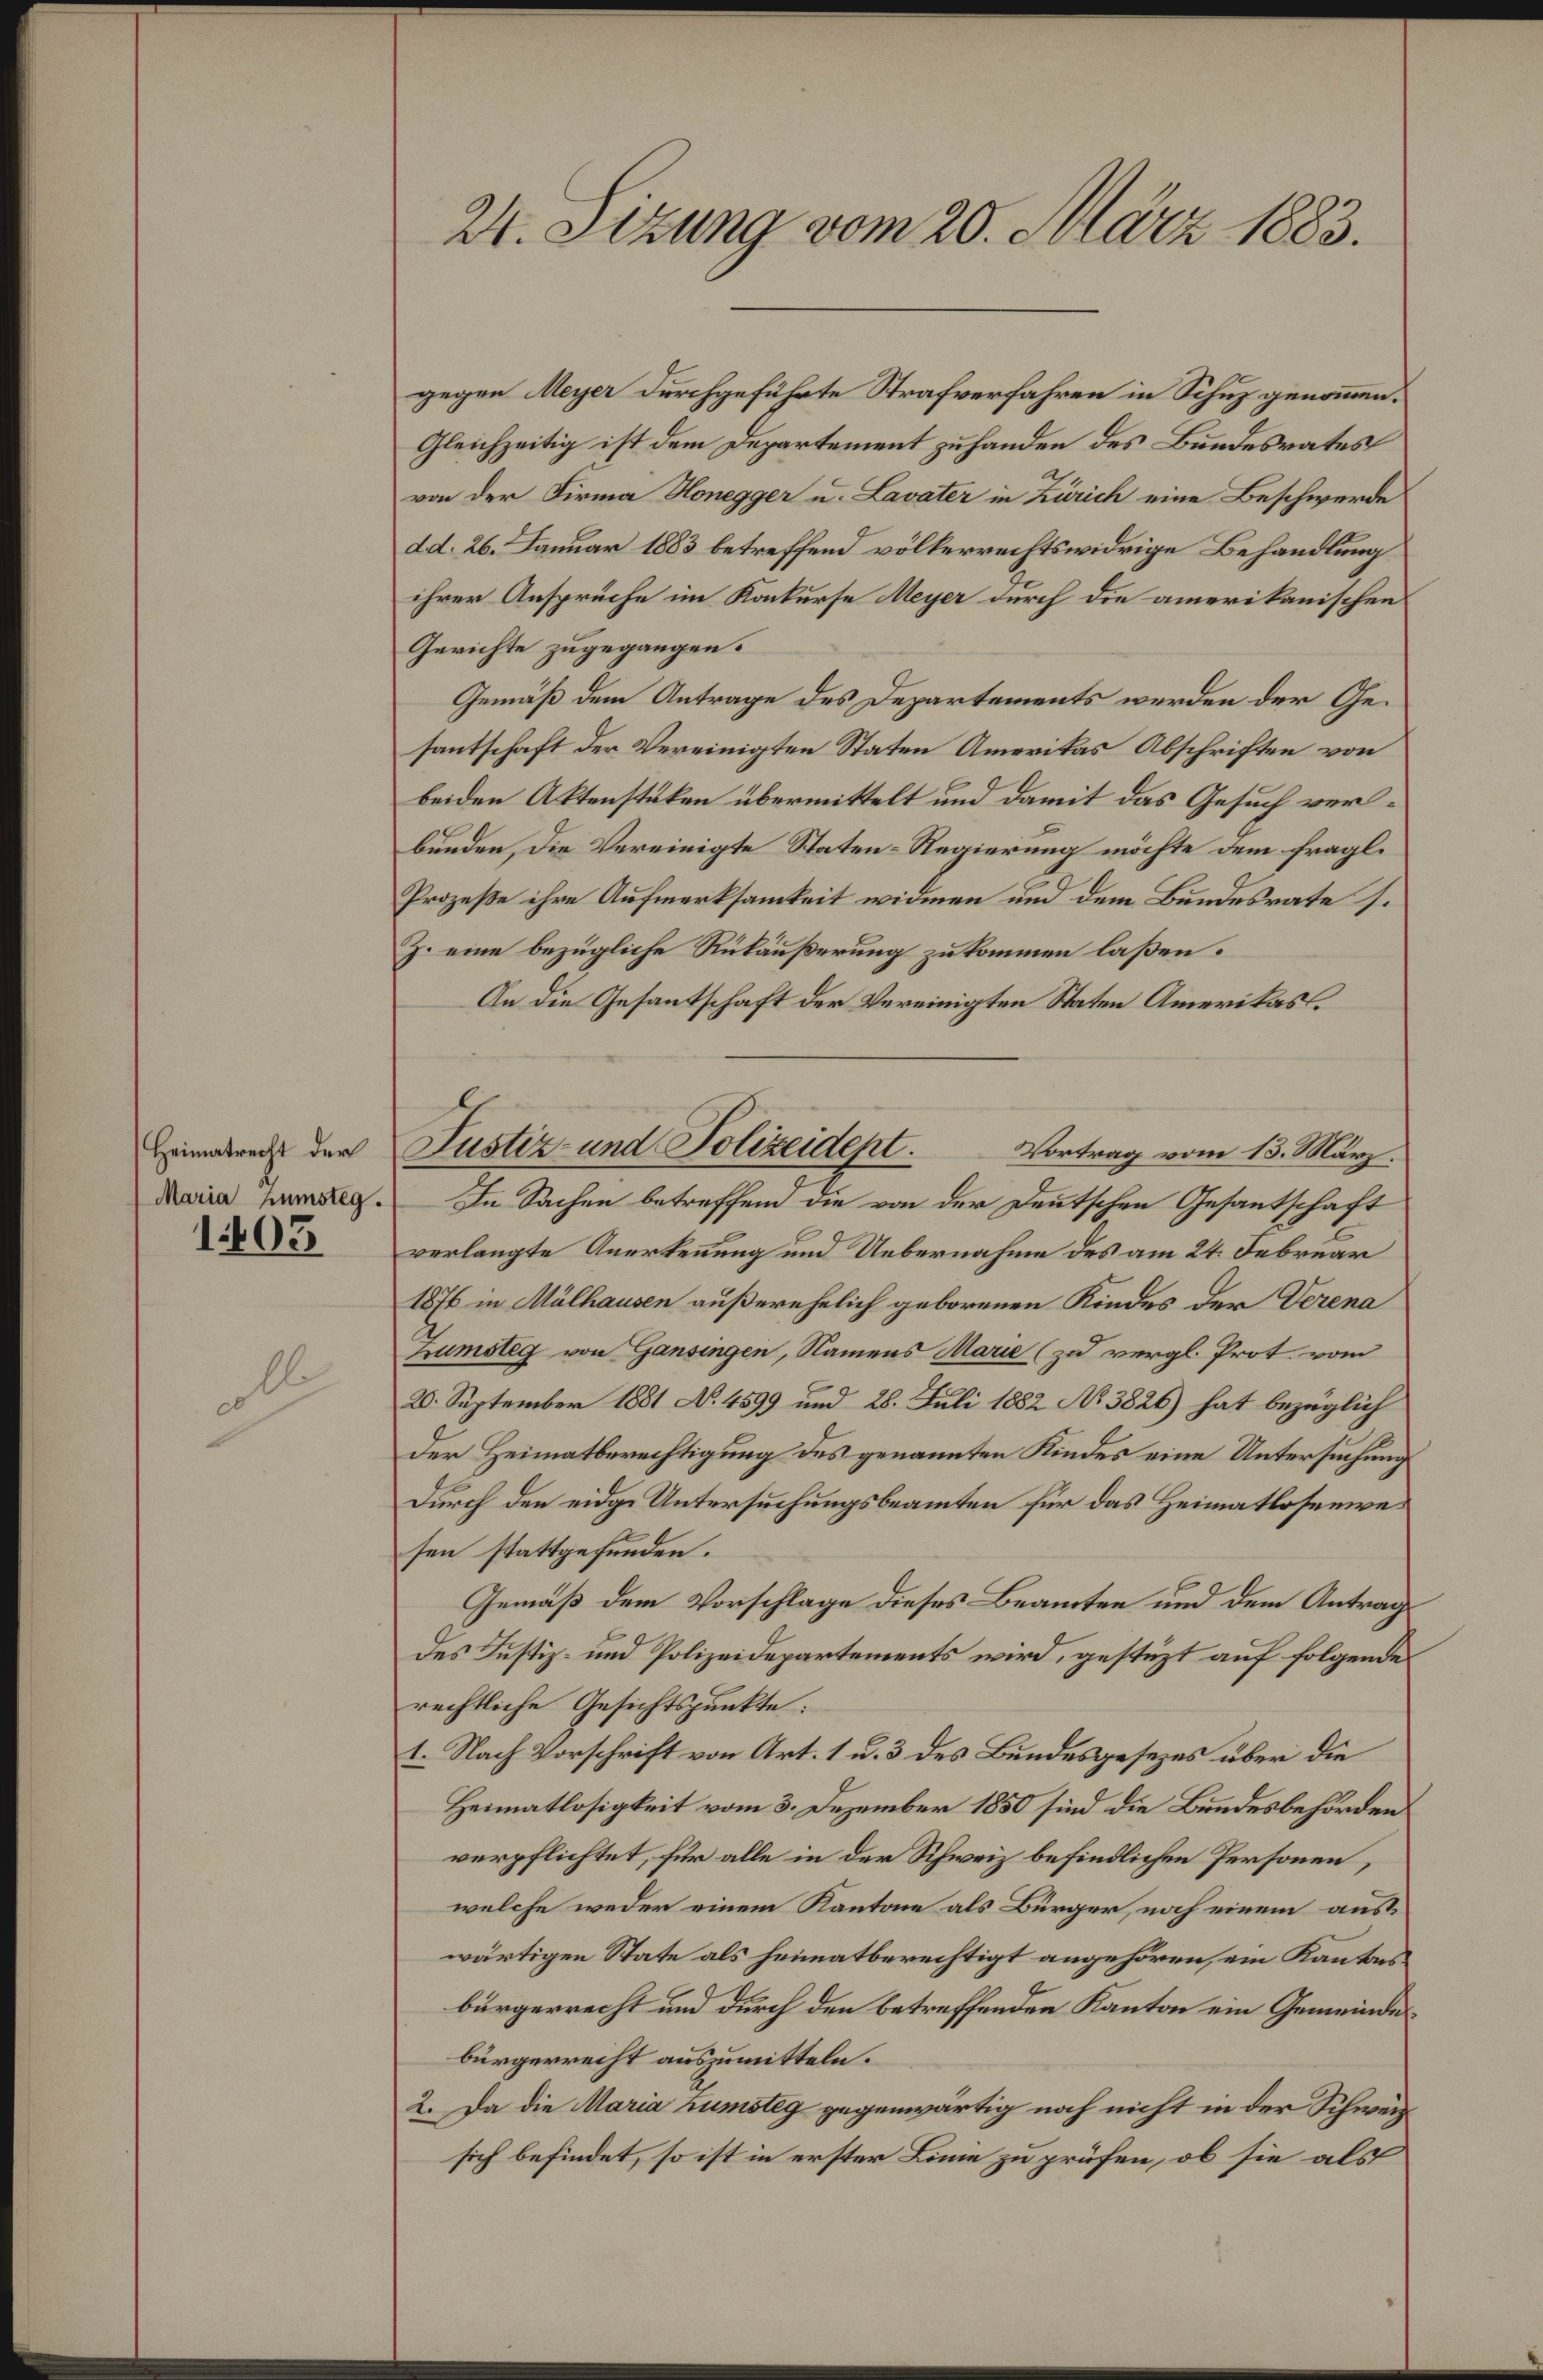
Heimatrecht der
Maria hümsteg.
103

oll

24. Sizung vom 20. März 1883.

gegen Meyer durchgeführte Strafverfahren in Schuz genommen.
Gleichzeitig ist dem Departement zuhanden des Bundesrates
von der Firma Honegger u. Lavater in Zürich eine Beschwerde
dd. 26. Januar 1883 betreffend völkerrechtswidrige Behandlung
ihrer Ansprüche im Konkurse Meyer durch die amerikanischen
Gerichte zugegangen.
Gemäß dem Antrage des Departements werden der Gesantschaft der Vereinigten Staten Amerikas Abschriften von
beiden Aktenstüken übermittelt und damit das Gesuch verbunden, die Vereinigte Staten-Regierung möchte dem fragl.
Prozeße ihre Aufmerksamkeit widmen und dem Bundesrate s.
Z. eine bezügliche Rükäußerung zukommen laßen.
An die Gesantschaft der Vereinigten Staten Amerikass
Vortrag vom 13. März.
In Sachen betreffend die von der Deutschen Gesantschaft
verlangte Anerkennung und Uebernahme des am 24. Februar
1876 in Mülhausen außerehelich geborenen Kindes der Verena
Zumsteg von Gansingen, Namens Marie (zu vergl. Prot vom
20. September 1881 No. 4599 und 28. Juli 1882 No 3826) hat bezüglich
Der Heimatberechtigung des genannten Kindes eine Untersuchung
Durch den eidg. Untersuchungsbeamten für das Heimatlosenwesen stattgefunden.
Gemäß dem Vorschlage dieses Beamten und dem Antrags
des Justiz- und Polizeidepartements wird, gestüzt auf folgende
rechtliche Gesichtspunkte:
1. Nach Vorschrift von Art. 1 u. 3 des Bundesgesezes über die
Heimatlosigkeit vom 3. Dezember 1850 sind die Bundesbehörden
verpflichtet, für alle in der Schweiz befindlichen Personen,
welche weder einem Kantone als Bürger, noch einem auswärtigen State als heimatberechtigt angehören, ein Kantons
bürgerrecht und durch den betreffenden Kanton ein Gemeinde
bürgerrecht auszumitteln.
2. Da die Maria rumsteg gegenwärtig noch nicht in der Schweiz
sich befindet, so ist in erster Linie zu prüfen, ob sie als

Justiz- und Polizeidept.